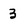
Character: 3